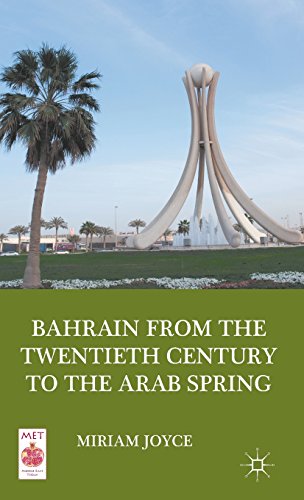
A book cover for Bahrain from the Twentieth Century to the Arab Spring (Middle East Today); Miriam Joyce; History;